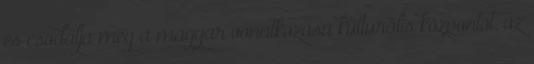
és csodálja meg a magyar vonatkozású kulturális központot, az